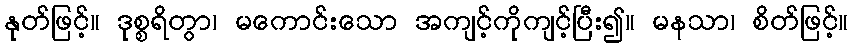
နုတ်ဖြင့်။ ဒုစ္စရိတွာ၊ မကောင်းသော အကျင့်ကိုကျင့်ပြီး၍။ မနသာ၊ စိတ်ဖြင့်။